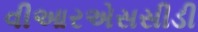
વીઆરએસસીડી